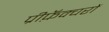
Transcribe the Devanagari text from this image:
प्रीफ़ॅक्चरों